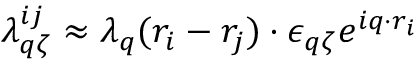
\begin{array} { r } { \lambda _ { q \zeta } ^ { i j } \approx \lambda _ { q } ( r _ { i } - r _ { j } ) \cdot \epsilon _ { q \zeta } e ^ { i q \cdot r _ { i } } } \end{array}